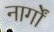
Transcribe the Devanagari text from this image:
नार्गों